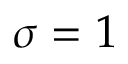
\sigma = 1